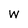
Character: W